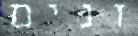
זנים